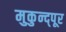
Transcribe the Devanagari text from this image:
मुकुन्द्पूर